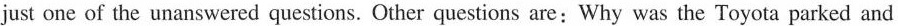
just one of the unanswered questions. Other questions are:Why was the Toyota parked and